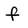
Character: f